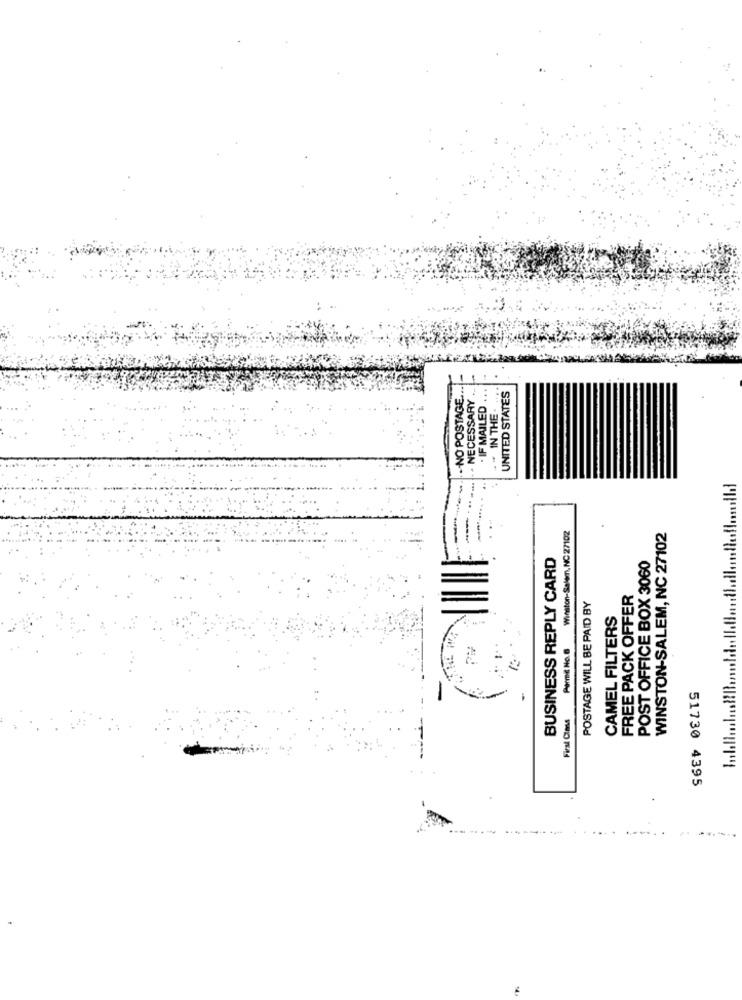
.- NO POSTAGE ..
. NECESSARY
UNITED STATES
. IF MAILED
- - IN THE .
-=
Winston-Salem, NC 27102
WINSTON-SALEM, NC 27102
BUSINESS REPLY CARD
POST OFFICE BOX 3060
FREE PACK OFFER
POSTAGE WILL BE PAID BY
CAMEL FILTERS
Parme No.6
First Cima
51730 4395